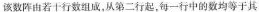
该数阵由若干行数组成，从第二行起，每一行中的数均等于其